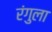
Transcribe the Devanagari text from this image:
रंगुला